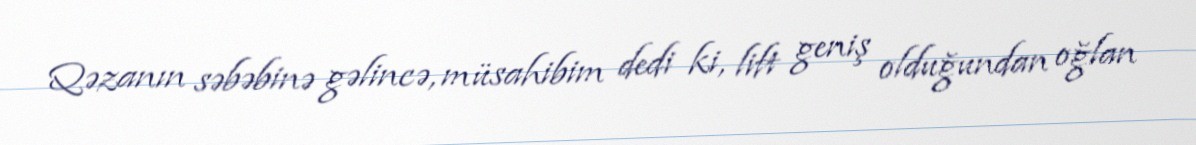
Qəzanın səbəbinə gəlincə, müsahibim dedi ki, lift geniş olduğundan oğlan